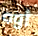
أوه